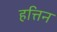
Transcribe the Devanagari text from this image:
हत्तिन